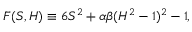
F ( S , H ) \equiv 6 S ^ { 2 } + \alpha \beta ( H ^ { 2 } - 1 ) ^ { 2 } - 1 ,